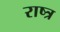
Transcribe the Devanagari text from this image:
राष्त्र